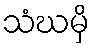
သံဃမှိ